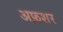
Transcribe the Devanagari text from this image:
अफ़शर